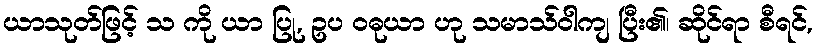
ယာသုတ်ဖြင့် သ ကို ယာ ပြု, ဥပ ဝဓုယာ ဟု သမာသ်ဝါကျ ပြီး၏၊ ဆိုင်ရာ စီရင်,